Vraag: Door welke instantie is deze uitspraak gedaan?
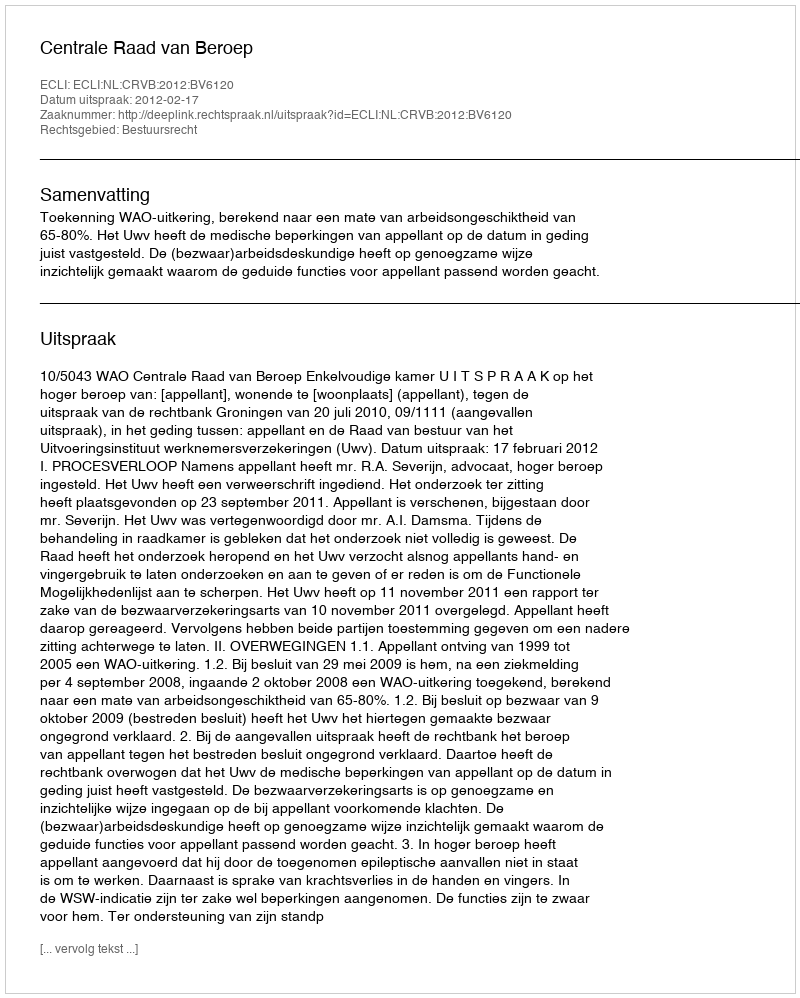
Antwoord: Centrale Raad van Beroep